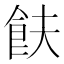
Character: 𬲋